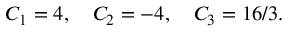
C _ { 1 } = 4 , \quad C _ { 2 } = - 4 , \quad C _ { 3 } = { 1 6 } / { 3 } .